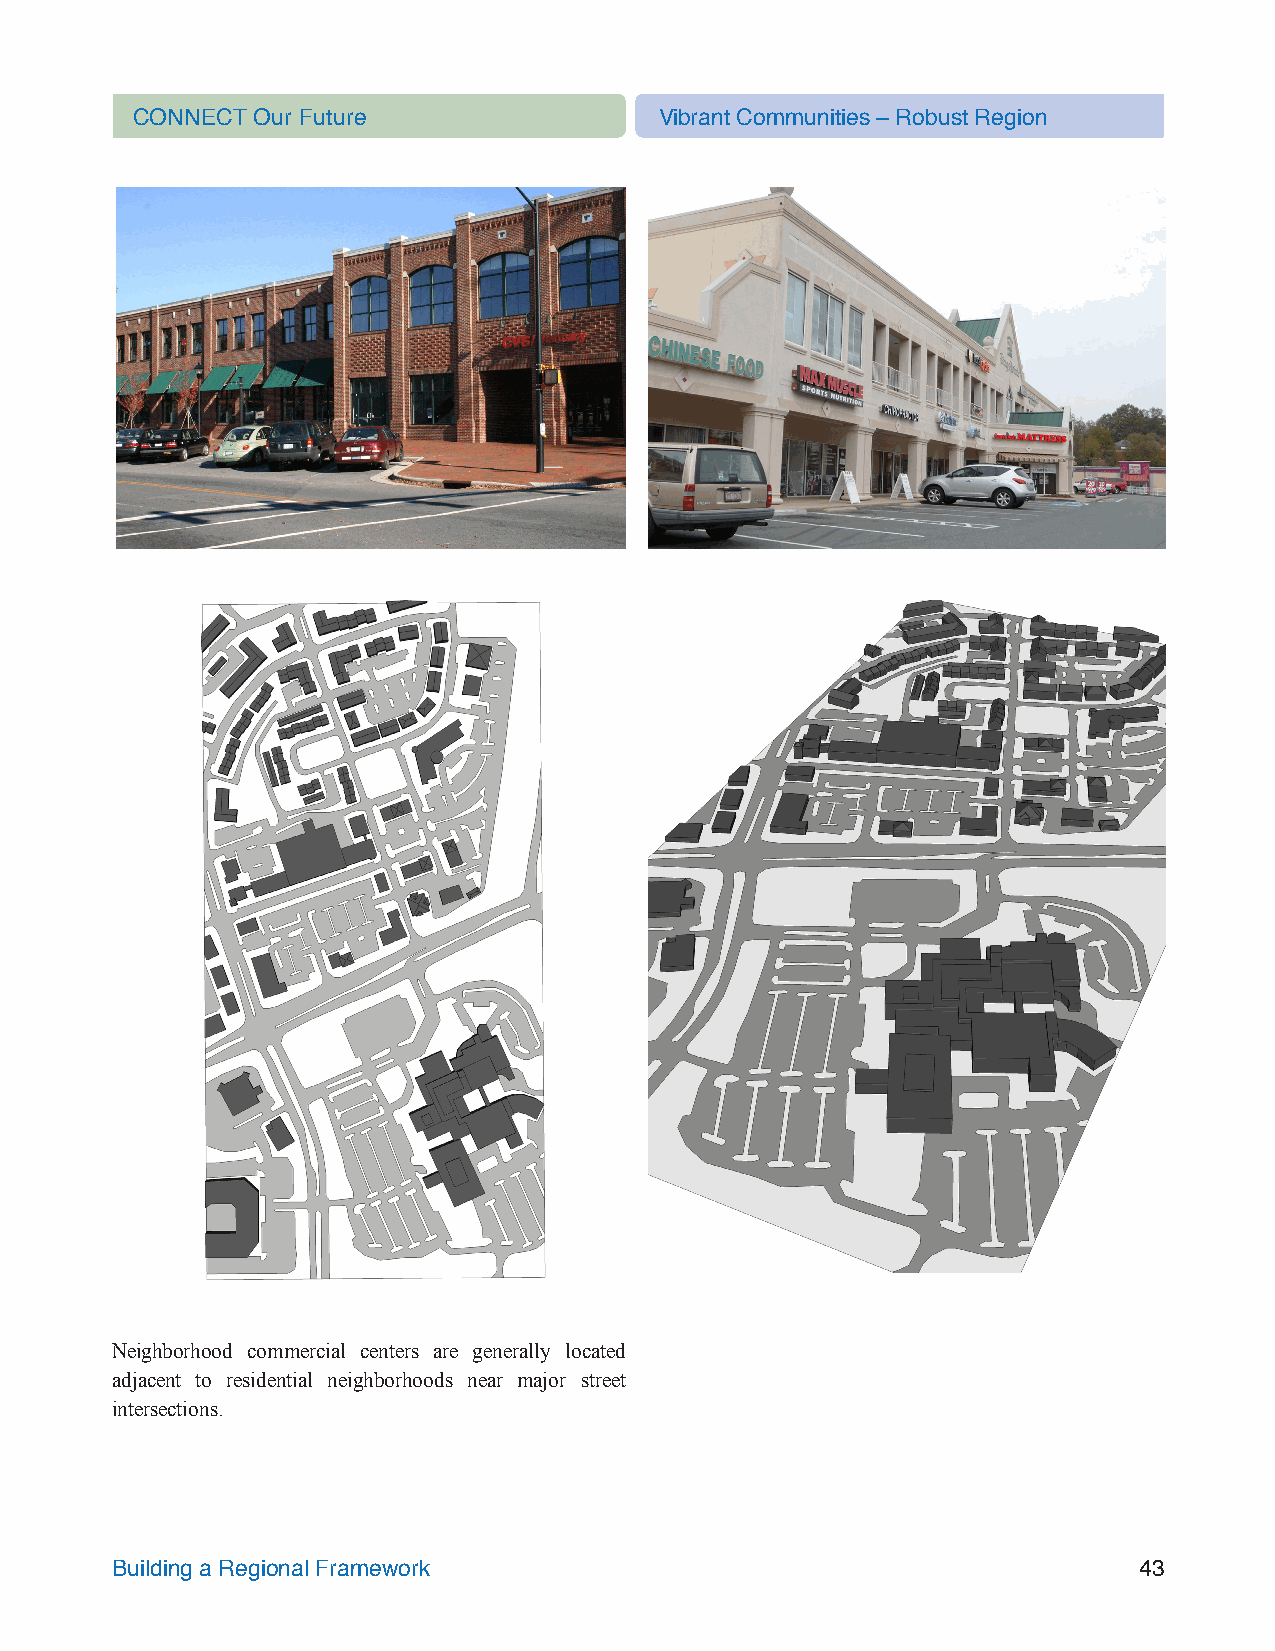
CONNECT Our Future                 Vibrant Communities – Robust Region
 Neighborhood commercial centers are generally located
 adjacent to residential neighborhoods near major street
 intersections.
 Building a Regional Framework                                       43